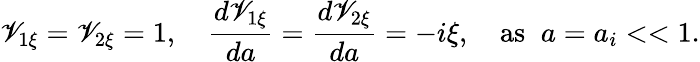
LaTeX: \mathscr{V}_{1\xi}=\mathscr{V}_{2\xi}=1,\quad\frac{{d\mathscr{V}_{1\xi}}}{{da}}=\frac{{d\mathscr{V}_{2\xi}}}{{da}}=-i\xi,\quad\mathrm{{as}}\; \; a=a_{i}<<1.